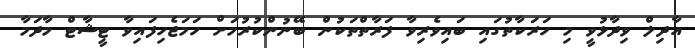
އާދިލް ވިދާޅުވީ މި ހަރަކާތުގައި ބައިވެރިވާ ފަރާތްތަކުން ބޭނުންކުރުމަށް ހަމަޖެހިފައިވާ ޓީޝާޓް މާދަމާ